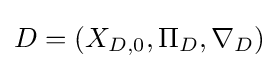
D=(X_{D,0},\Pi _{D},\nabla _{D})